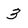
Character: 3